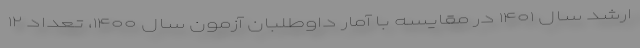
ارشد سال ۱۴۰۱ در مقایسه با آمار داوطلبان آزمون سال ۱۴۰۰، تعداد ۱۲